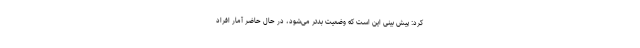
کرد: پیش بینی این است که وضعیت بدتر می‌شود، در حال حاضر آمار افراد